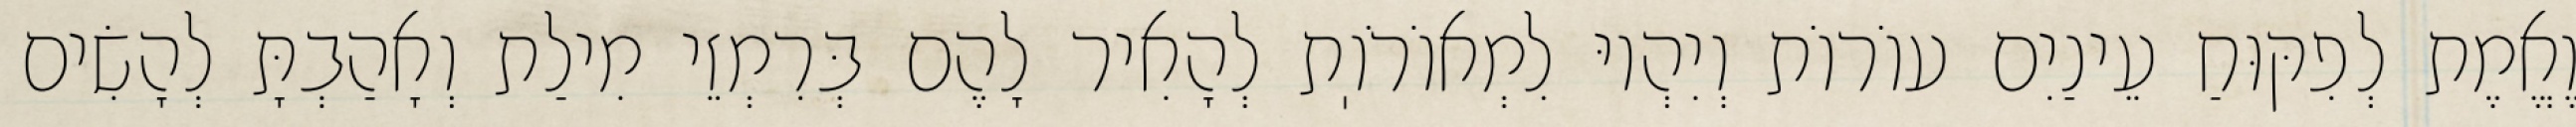
וֶאֱמֶת לְפִקּוּחַ עֵינַיִם עוֹרוֹת וְיִהְיוּ לִמְאוֹרֹוֽת לְהָאִיר לָהֶם בְּרִמְזֵי מִילַת וְאָהַבְתָּ לְהָשִׂים